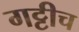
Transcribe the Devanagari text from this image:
गट्टीच